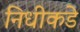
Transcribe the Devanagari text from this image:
निधीकडे